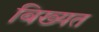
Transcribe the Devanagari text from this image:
बिख्यत